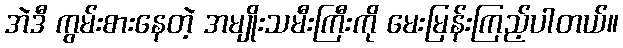
အဲဒီ ကွမ်းစားနေတဲ့ အမျိုးသမီးကြီးကို မေးမြန်းကြည့်ပါတယ်။